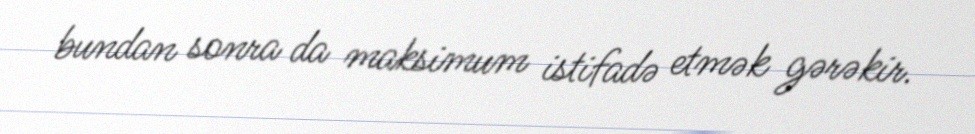
bundan sonra da maksimum istifadə etmək gərəkir.